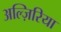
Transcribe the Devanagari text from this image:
अल्ज़िरिया